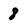
Character: 8